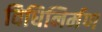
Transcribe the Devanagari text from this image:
विधिनिर्मण